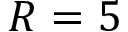
R = 5